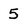
Character: 5